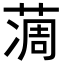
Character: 𦶌